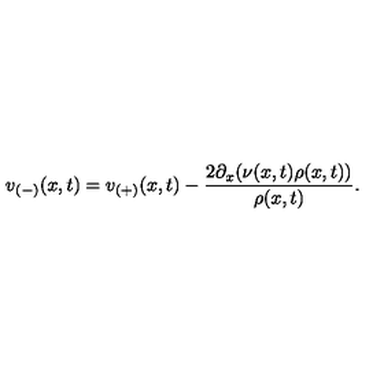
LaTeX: v _ { ( - ) } ( x , t ) = v _ { ( + ) } ( x , t ) - \frac { 2 \partial _ { x } ( \nu ( x , t ) \rho ( x , t ) ) } { \rho ( x , t ) } .